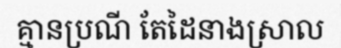
គ្មានប្រណី តែដៃនាងស្រាល